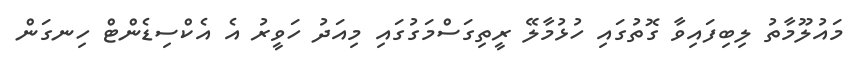
މަައުލޫމާތު ލިބިފައިވާ ގޮތުގައި ހުޅުމާލޭ ރީތިގަސްމަގުގައި މިއަދު ހަވީރު އެ އެކްސިޑެންޓް ހިނގަން